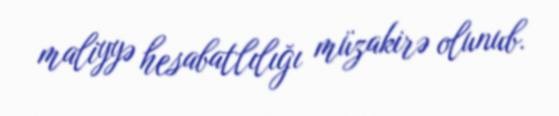
maliyyə hesabatlılığı müzakirə olunub.